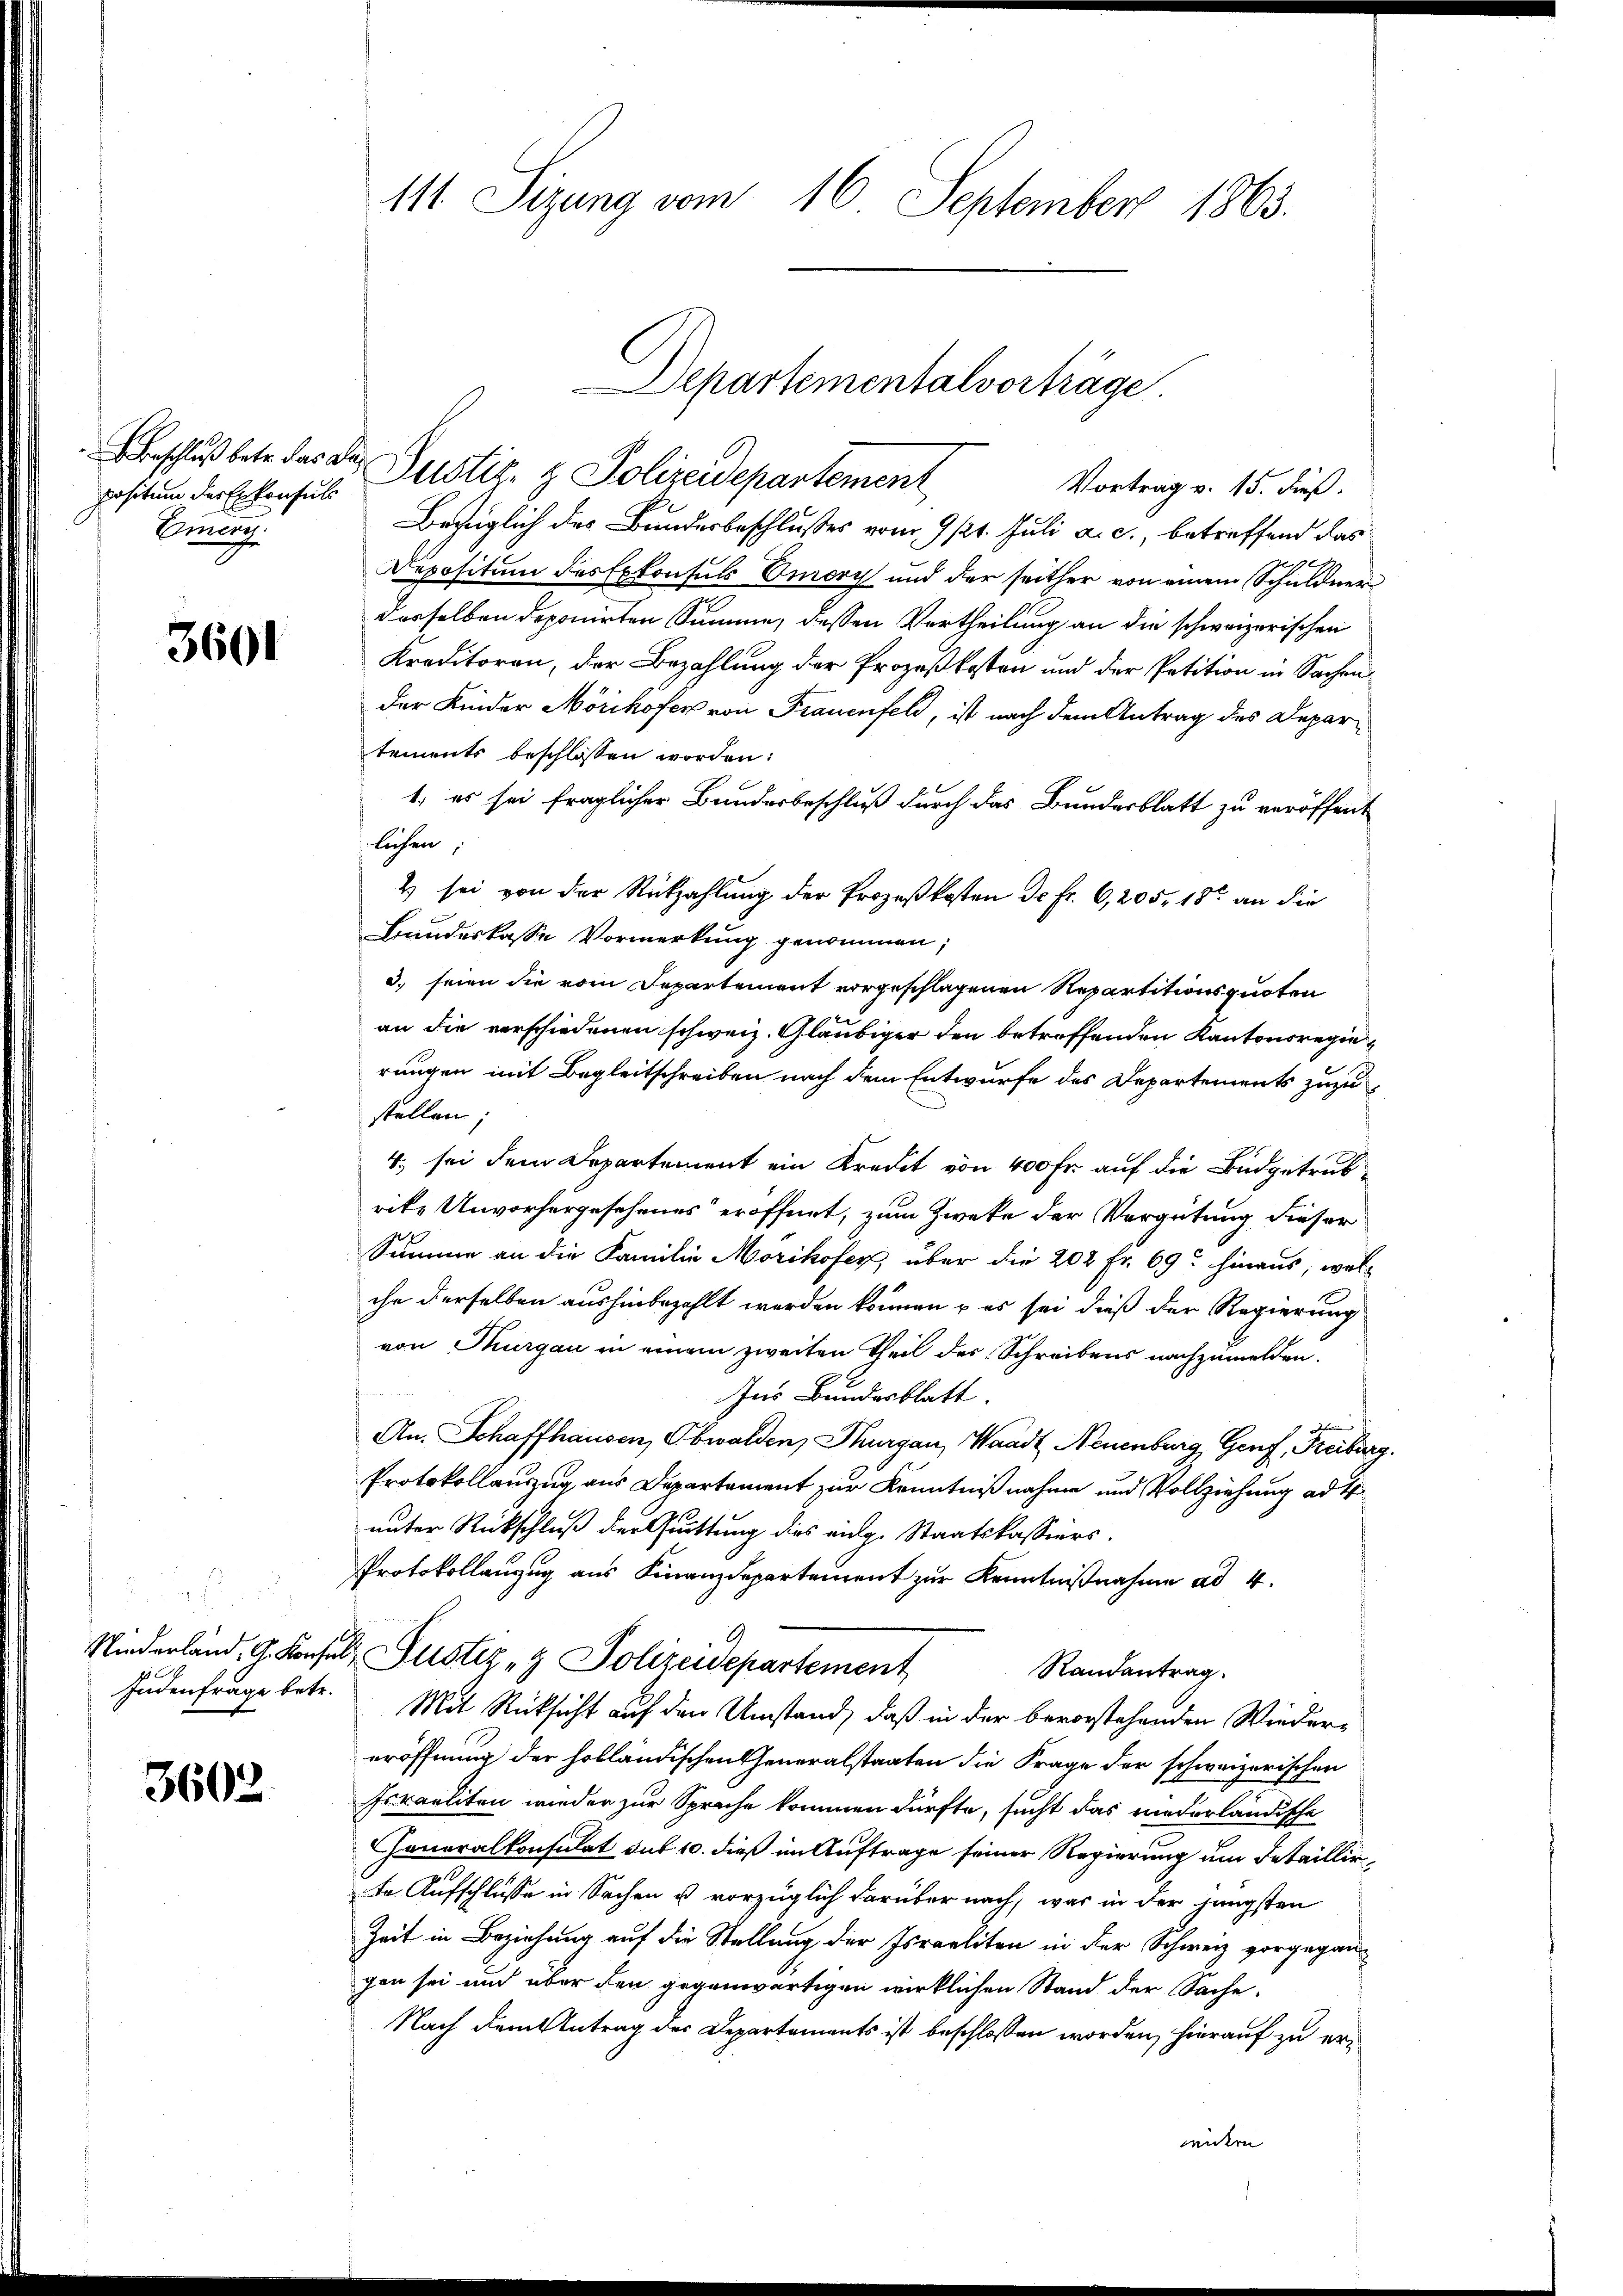
position des Erkonsuls
Ehmung.

3601

Judenfrage betr.

3602

111 Sizung vom 16. September 1863.

beschluß betr. das der Justiz- & Polizeidepartement
Vortrag v. 15. Fuß.
Bezüglich des Bundesbeschlusses vom 9. 121. Juli a. c., betreffend das
Depositum des Exkonsuls Omery und der seither von einem Schuldner
desselben deponirten Summe, dessen Vertheilung an die schweizerischen
Kreditoren, der Bezahlung der Prozeßkosten und der Petition in Sachen
der Kinder Mörikofer von Frauenfeld, ist nach dem Antrag des Departements beschlossen worden:
1. es sei fraglicher Bundesbeschluß durch das Bundesblatt zu veröffent
lichen,
& sei von der Rückzahlung der Prozeßkosten Dr. Fr. 6,205. 15 an die
Bandeskasse Vormerkung genommen;
3. seien die vom Departement vorgeschlagenen Repartitionsquoten
an die verschiedenen schweiz. Gläubiger den betreffenden Kantonsregierungen mit Begleitschreiben nach dem Entwurfe des Departements zuzustellen;
4. sei dem Departement ein Kredit von 400 Fr. auf die Budgetrubrike Unvorhergesehenes eröffnet, zum Zwete der Vergütung dieser
Summe an die Familie Morikofer, über die 202 Fr. 69. hinaus, wel-
che derselben aushinbezahlt werden können u es sei dieß der Regierung
von Thurgau in einem zweiten Theil der Schreibens nachzumelden.
n
Ins Bundesblatt
An. Schaffhausen, Obwalden, Thurgau, Waadt Neuenburg, Genf, Freiburg
Protokollauszug aus Departement zur Kenntniß nahme und Vollziehung ad 4
unter Rückschluß der Quittung dies aug. Staatskassiers.
Protokollanzug aus Finanzdepartement zur Kenntnißnahme ad 4.
Niederland, G. Konsel, Justiz & Polizeidepartement
Randantrag.
Mit Rücksicht auf den Umstand, daß in der bevorstehenden Wiedereröffnung der holländischen Generalstaaten die Frage der schweizerischen
Israeliten wieder zur Sprache kommen dürfte, sucht das niederländische
Generalkonsulat sub 10. dieß im Auftrage seiner Regierung um Detaillir
te. Aufschlüsse in Sachen u vorzüglich darüber nach, was in der jüngsten
Zeit in Beziehung auf die Stellung der Israeliten in der Schweiz vorgegangen sei und über den gegenwärtigen wirklichen Stand der Sache,
Nach dem Antrag des Departements ist beschlossen worden, hierauf zu erwidern |

Departementalvorträge